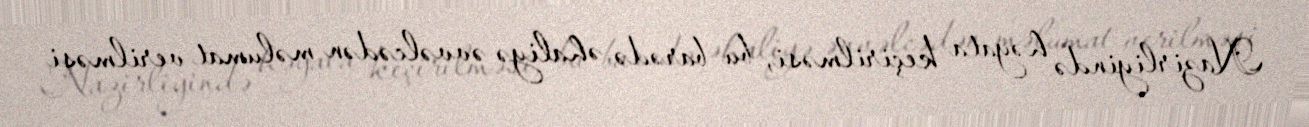
Nazirliyində həyata keçirilməsi, bu barədə əhaliyə əvvəlcədən məlumat verilməsi